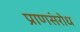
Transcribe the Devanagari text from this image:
प्राणसंरोध